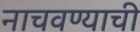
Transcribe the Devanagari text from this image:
नाचवण्याची